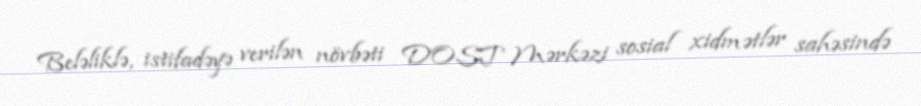
Beləliklə, istifadəyə verilən növbəti DOST Mərkəzi sosial xidmətlər sahəsində